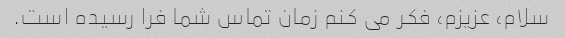
سلام، عزیزم، فکر می کنم زمان تماس شما فرا رسیده است.